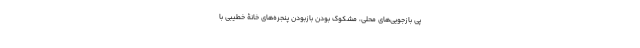
پیِ بازجویی‌های محلی، مشکوک بودنِ بازبودن پنجره‌های خانۀ خطیبی با